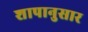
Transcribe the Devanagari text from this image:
शापानुसार